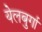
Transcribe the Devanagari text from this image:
येलबुर्गा